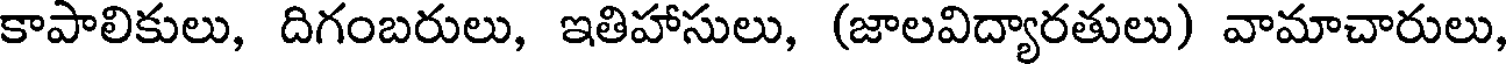
కాపాలికులు, దిగంబరులు, ఇతిహాసులు, (జాలవిద్యారతులు) వామాచారులు,